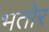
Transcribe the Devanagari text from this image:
भतोर